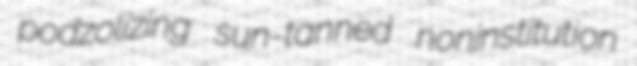
podzolizing sun-tanned noninstitution